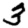
Digit: 3